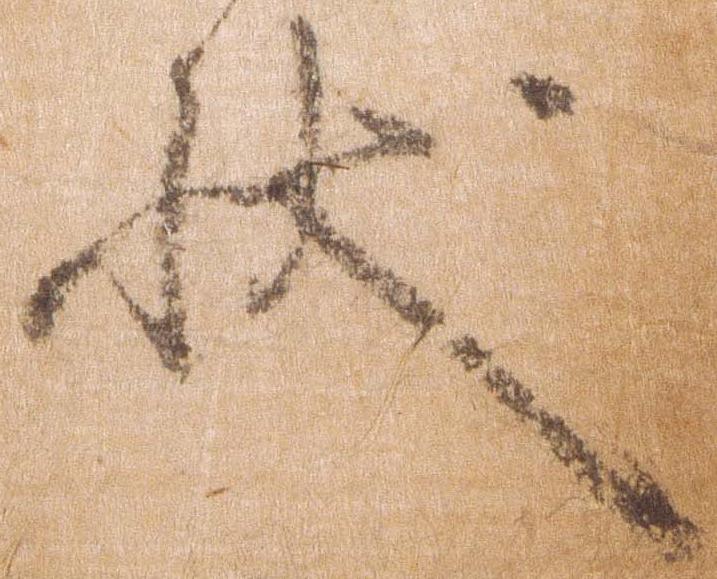
状